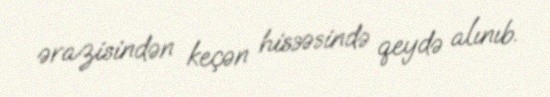
ərazisindən keçən hissəsində qeydə alınıb.